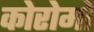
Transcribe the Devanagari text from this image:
कोरोमो